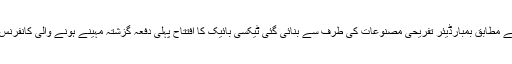
مزید تفصیلات کے مطابق بمبارڈیئر تفریحی مصنوعات کی طرف سے بنائی گئی ٹیکسی بائیک کا افتتاح پہلی دفعہ گزشتہ مہینے ہونے والی کانفرنس میں کیا گیا تھا ۔